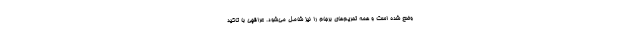
وضع شده است و همه تحریم‌های برجام را نیز شامل می‌شود. عراقچی با تاکید